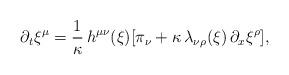
LaTeX: \begin{align*}\partial_t \xi^\mu = \frac{1}{\kappa} \, h^{\mu \nu}(\xi) [\pi_\nu +\kappa \, \lambda_{\nu \rho}(\xi) \, \partial_x \xi^\rho],\end{align*}